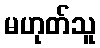
မဟုတ်သူ